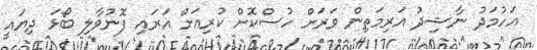
އަހުމަދު ނާޝިދު އަރިމަތިން ވަރަށް ހުސްކޮށް ކުރިއަށް އަރައި ފޮނުވާލި ބޯޅަ ދިޔައީ